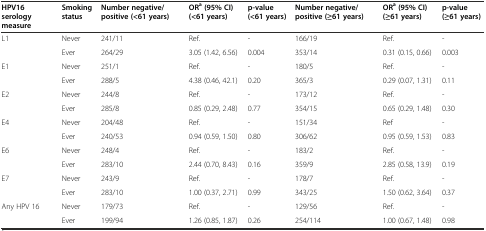
<table><thead><tr><td><b>HPV16 serology measure</b></td><td><b>Smoking status</b></td><td><b>Number negative/positive (&lt;61 years)</b></td><td><b>OR<sup>a</sup>(95% CI) (&lt;61 years)</b></td><td><b>p-value (&lt;61 years)</b></td><td><b>Number negative/positive (≥61 years)</b></td><td><b>OR<sup>a</sup>(95% CI) (≥61 years)</b></td><td><b>p-value (≥61 years)</b></td></tr></thead><tbody><tr><td>L1</td><td>Never</td><td>241/11</td><td>Ref.</td><td>-</td><td>166/19</td><td>Ref.</td><td>-</td></tr><tr><td></td><td>Ever</td><td>264/29</td><td>3.05 (1.42, 6.56)</td><td>0.004</td><td>353/14</td><td>0.31 (0.15, 0.66)</td><td>0.003</td></tr><tr><td>E1</td><td>Never</td><td>251/1</td><td>Ref.</td><td>-</td><td>180/5</td><td>Ref.</td><td>-</td></tr><tr><td></td><td>Ever</td><td>288/5</td><td>4.38 (0.46, 42.1)</td><td>0.20</td><td>365/3</td><td>0.29 (0.07, 1.31)</td><td>0.11</td></tr><tr><td>E2</td><td>Never</td><td>244/8</td><td>Ref.</td><td>-</td><td>173/12</td><td>Ref.</td><td>-</td></tr><tr><td></td><td>Ever</td><td>285/8</td><td>0.85 (0.29, 2.48)</td><td>0.77</td><td>354/15</td><td>0.65 (0.29, 1.48)</td><td>0.30</td></tr><tr><td>E4</td><td>Never</td><td>204/48</td><td>Ref.</td><td>-</td><td>151/34</td><td>Ref</td><td>-</td></tr><tr><td></td><td>Ever</td><td>240/53</td><td>0.94 (0.59, 1.50)</td><td>0.80</td><td>306/62</td><td>0.95 (0.59, 1.53)</td><td>0.83</td></tr><tr><td>E6</td><td>Never</td><td>248/4</td><td>Ref.</td><td>-</td><td>183/2</td><td>Ref.</td><td>-</td></tr><tr><td></td><td>Ever</td><td>283/10</td><td>2.44 (0.70, 8.43)</td><td>0.16</td><td>359/9</td><td>2.85 (0.58, 13.9)</td><td>0.19</td></tr><tr><td>E7</td><td>Never</td><td>243/9</td><td>Ref.</td><td>-</td><td>178/7</td><td>Ref.</td><td>-</td></tr><tr><td></td><td>Ever</td><td>283/10</td><td>1.00 (0.37, 2.71)</td><td>0.99</td><td>343/25</td><td>1.50 (0.62, 3.64)</td><td>0.37</td></tr><tr><td>Any HPV 16</td><td>Never</td><td>179/73</td><td>Ref.</td><td>-</td><td>129/56</td><td>Ref.</td><td>-</td></tr><tr><td></td><td>Ever</td><td>199/94</td><td>1.26 (0.85, 1.87)</td><td>0.26</td><td>254/114</td><td>1.00 (0.67, 1.48)</td><td>0.98</td></tr></tbody></table>